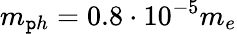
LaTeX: m_{\mathtt{p}h}=0.8\cdot10^{-5}m_{e}